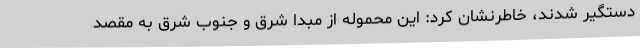
دستگیر شدند، خاطرنشان کرد: این محموله از مبدا شرق و جنوب شرق به مقصد